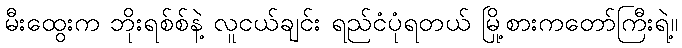
မီးထွေးက ဘိုးရစ်စ်နဲ့ လူငယ်ချင်း ရည်ငံပုံရတယ် မြို့စားကတော်ကြီးရဲ့။